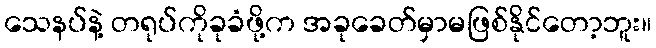
သေနပ်နဲ့ တရုပ်ကိုခုခံဖို့က အခုခေတ်မှာမဖြစ်နိုင်တော့ဘူး။